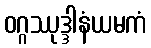
ဝဂ္ဂဿုဒ္ဒါနံယမကံ